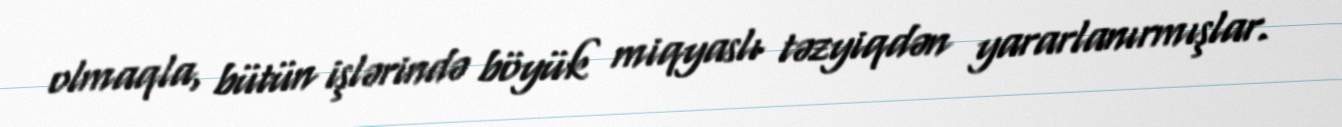
olmaqla, bütün işlərində böyük miqyaslı təzyiqdən yararlanırmışlar.